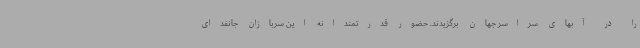
را در آبهای سراسر جهان برگزیدند. حضور قدرتمندانه این سربازان جانفدای